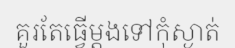
គួរតែធ្វើម្តងទៅកុំស្ងាត់